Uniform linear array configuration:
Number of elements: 48
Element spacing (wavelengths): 0.5
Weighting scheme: exponential
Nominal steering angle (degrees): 45
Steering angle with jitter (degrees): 43.142
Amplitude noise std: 0.05
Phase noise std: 0.05

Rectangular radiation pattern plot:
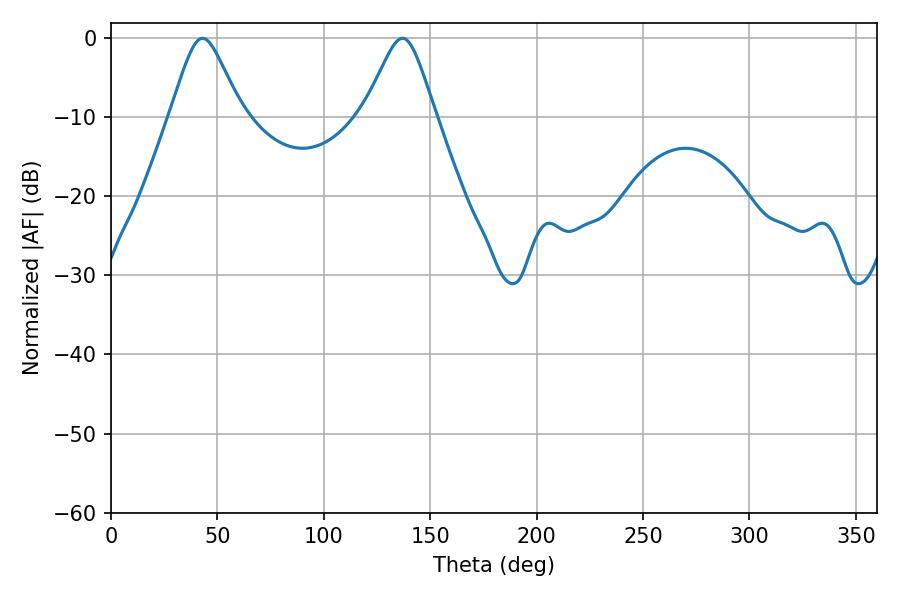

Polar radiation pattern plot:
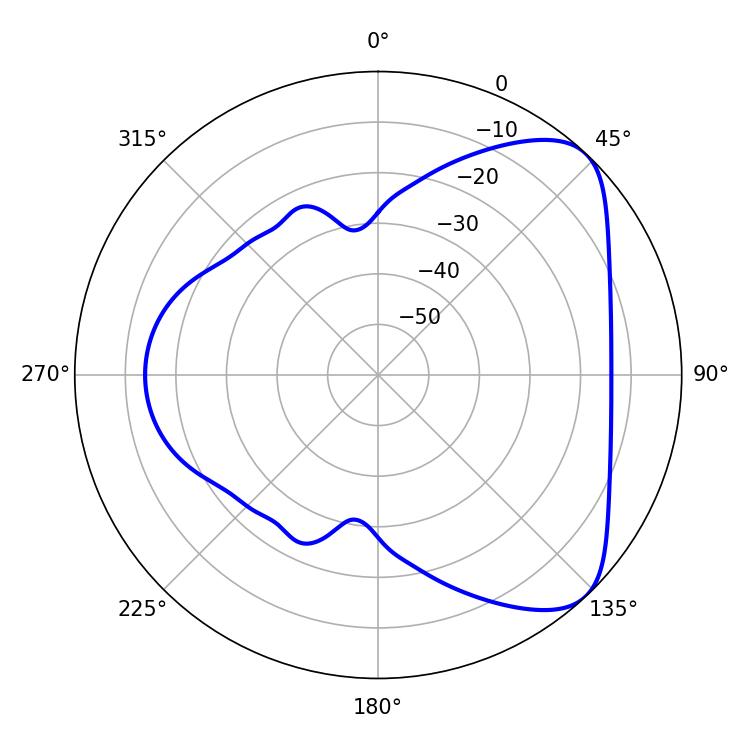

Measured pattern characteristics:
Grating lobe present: FALSE
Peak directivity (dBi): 6.279
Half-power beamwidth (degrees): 16.02
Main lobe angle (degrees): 43.02